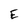
Character: E